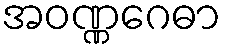
အဝဏ္ဏဂေဓာ